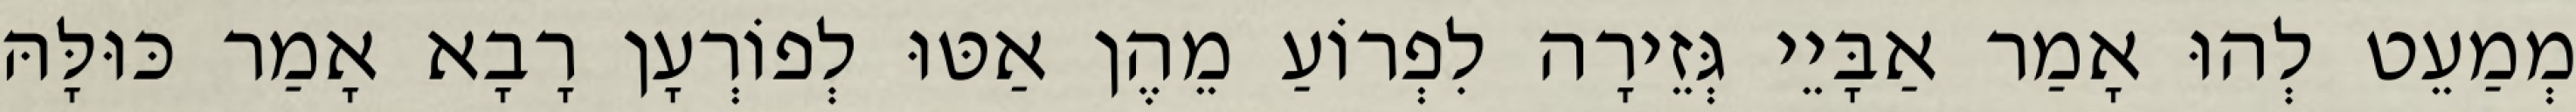
מְמַעֵט לְהוּ אָמַר אַבָּיֵי גְּזֵירָה לִפְרוֹעַ מֵהֶן אַטּוּ לְפוֹרְעָן רָבָא אָמַר כּוּלָּהּ